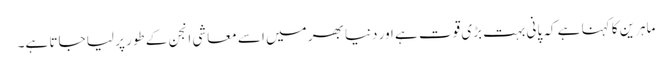
ماہرین کا کہنا ہے کہ پانی بہت بڑی قوت ہے اور دنیا بھر میں اسے معاشی انجن کے طور پر لیا جاتا ہے۔